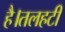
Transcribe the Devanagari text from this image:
है।तलहटी